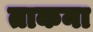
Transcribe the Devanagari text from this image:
ताकना